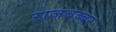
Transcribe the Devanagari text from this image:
राजबब्बर